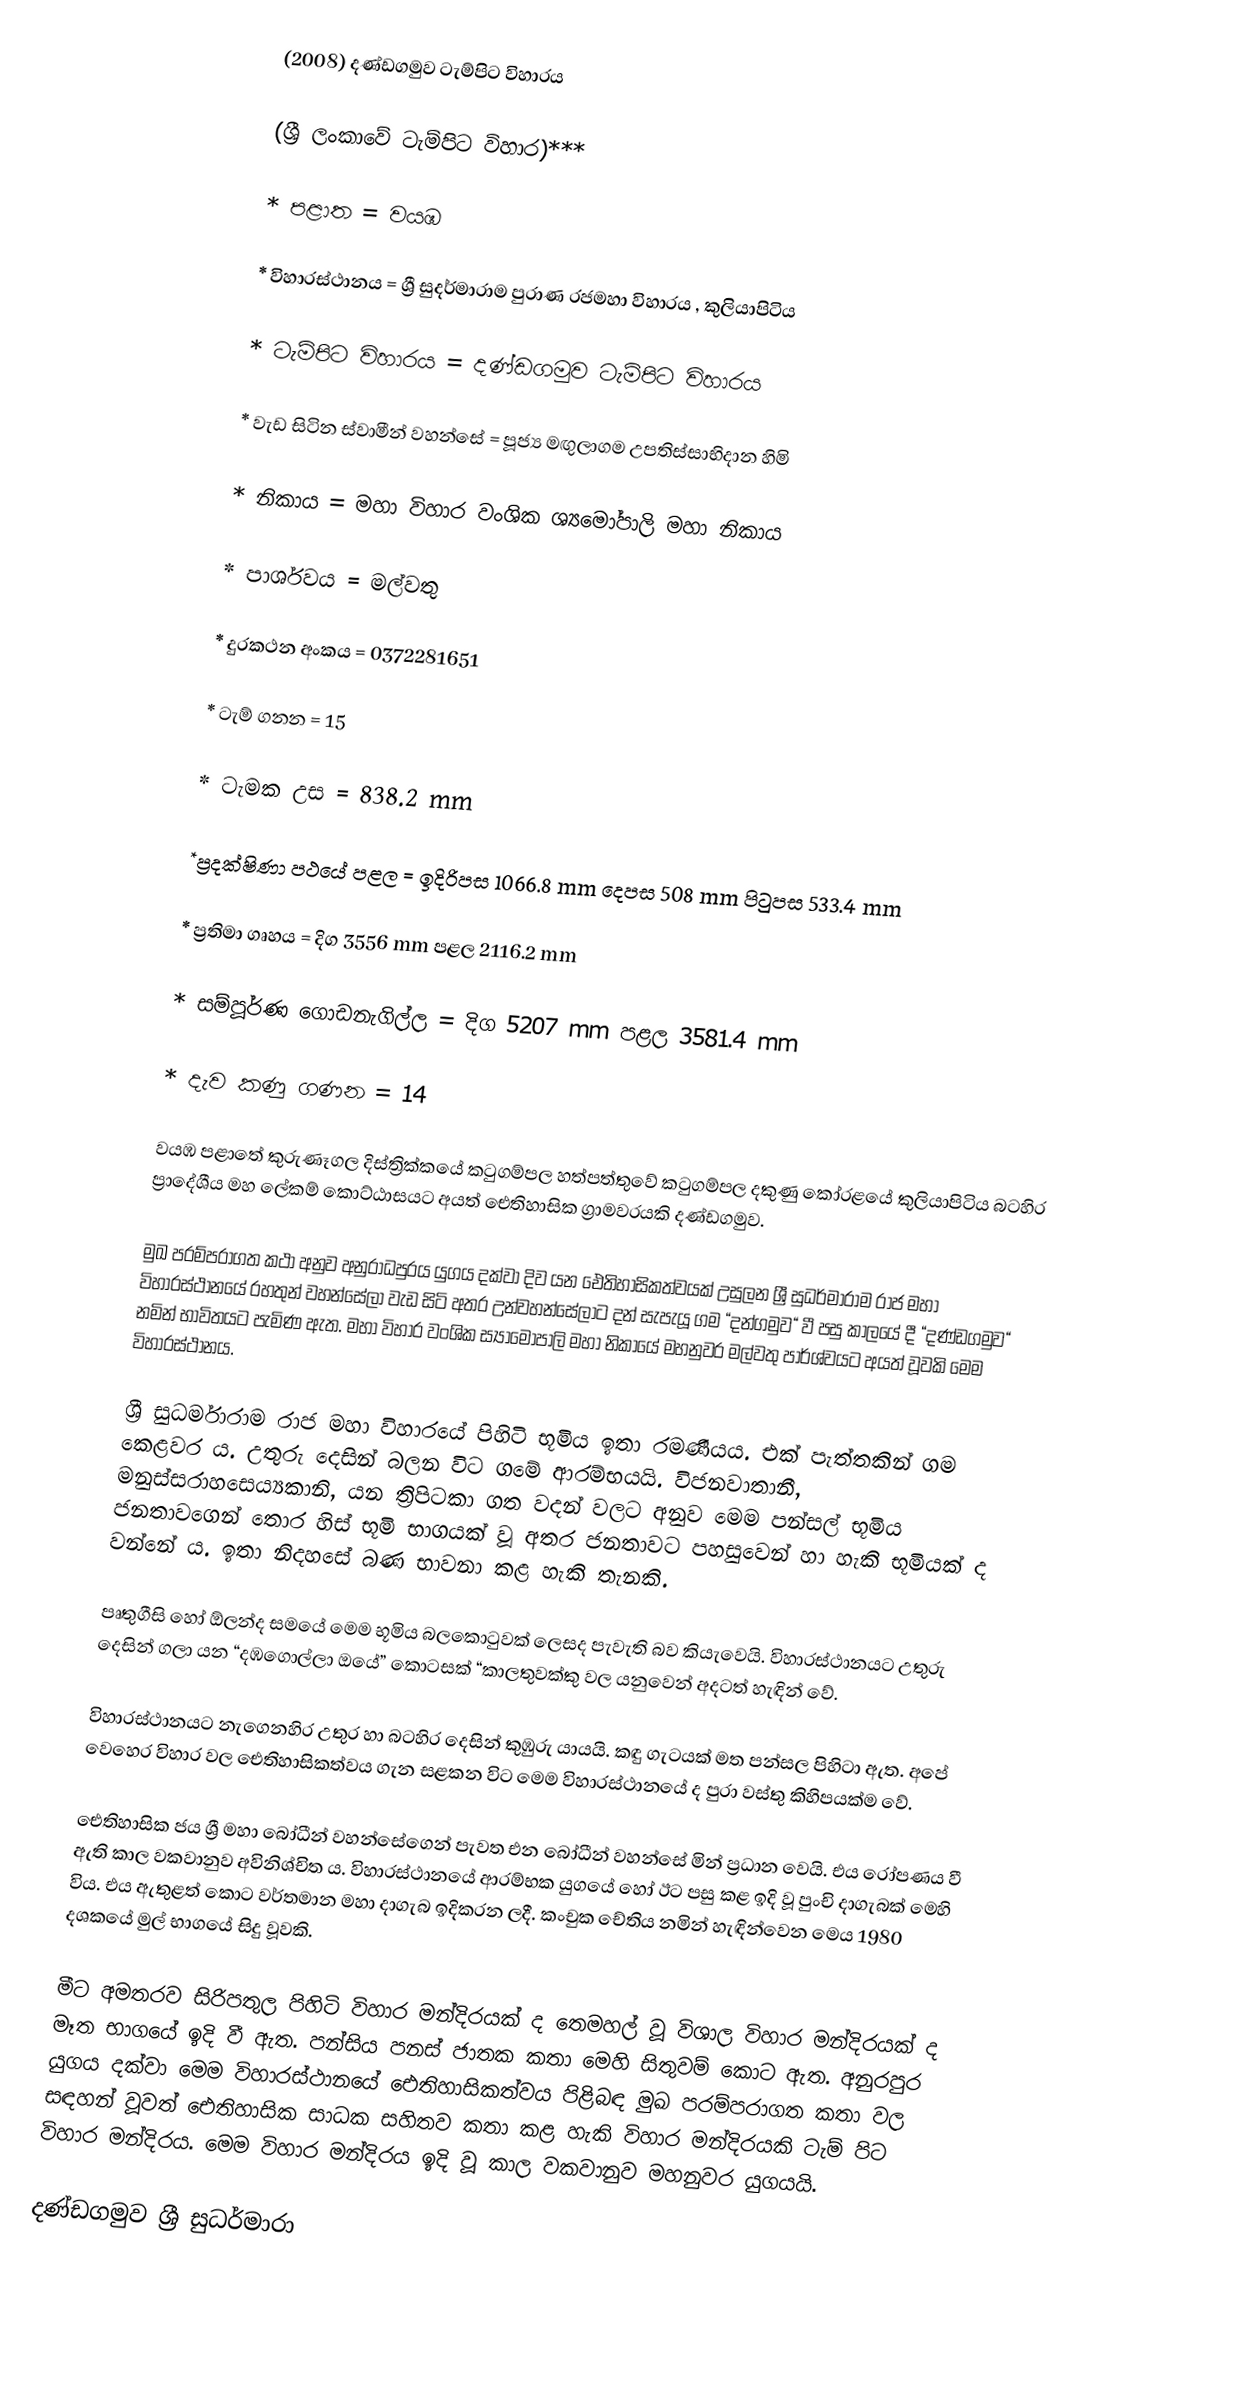
(2008) දණ්ඩගමුව ටැම්පිට විහාරය

(ශ්‍රී ලංකාවේ ටැම්පිට විහාර)***

* පළාත = වයඹ

* විහාරස්ථානය = ශ්‍රී සුදර්මාරාම පුරාණ රජමහා විහාරය , කුලියාපිටිය

* ටැම්පිට විහාරය = දණ්ඩගමුව ටැම්පිට විහාරය

* වැඩ සිටින ස්වාමීන් වහන්සේ = පූජ්‍ය මඟුලාගම උපතිස්සාභිදාන හිමි

* නිකාය = මහා විහාර වංශික ශ්‍යමෝපාලි මහා නිකාය

* පාර්ශවය = මල්වතු

* දුරකථන අංකය = 0372281651

* ටැම් ගනන = 15

* ටැමක උස = 838.2 mm

*ප්‍රදක්ෂිණා පථයේ පළල = ඉදිරිපස 1066.8 mm දෙපස 508 mm පිටුපස 533.4 mm

* ප්‍රතිමා ගෘහය = දිග 3556 mm පළල 2116.2 mm

* සම්පූර්ණ ගොඩනැගිල්ල = දිග 5207 mm පළල 3581.4 mm

* දැව කණු ගණන = 14

වයඹ පළාතේ කුරුණෑගල දිස්ත්‍රික්කයේ කටුගම්පල හත්පත්තුවේ කටුගම්පල දකුණු කෝරළයේ කුලියාපිටිය බටහිර ප්‍රාදේශීය මහ ලේකම් කොට්ඨාසයට අයත් ඓතිහාසික ග්‍රාමවරයකි දණ්ඩගමුව.

මුඛ පරම්පරාගත කථා අනුව අනුරාධපුරය යුගය දක්වා දිව යන ඓතිහාසිකත්වයක් උසුලන ශ්‍රී සුධර්මාරාම රාජ මහා විහාරස්ථානයේ රහතුන් වහන්සේලා වැඩ සිටි අතර උන්වහන්සේලාට දන් සැපැයූ ගම “දන්ගමුව“ වී පසු කාලයේ දී “දණ්ඩගමුව“ නමින් භාවිතයට පැමිණ ඇත. මහා විහාර වංශික ස්‍යාමෝපාලි මහා නිකායේ මහනුවර මල්වතු පාර්ශ්වයට අයත් වූවකි මෙම විහාරස්ථානය.

ශ්‍රී සුධර්මාරාම රාජ මහා විහාරයේ පිහිටි භූමිය ඉතා රමණීයය. එක් පැත්තකින් ගම කෙළවර ය. උතුරු දෙසින් බලන විට ගමේ ආරම්භයයි. විජනවාතානී, මනුස්සරාහසෙය්‍යකානි, යන ත්‍රිපිටකා ගත වදන් වලට අනුව මෙම පන්සල් භූමිය ජනතාවගෙන් තොර හිස් භූමි භාගයක් වූ අතර ජනතාවට පහසුවෙන් හා හැකි භූමියක් ද වන්නේ ය. ඉතා නිදහසේ බණ භාවනා කළ හැකි තැනකි.

පෘතුගීසි හෝ ඕලන්ද සමයේ මෙම භූමිය බලකොටුවක් ලෙසද පැවැති බව කියැවෙයි. විහාරස්ථානයට උතුරු දෙසින් ගලා යන “දඹගොල්ලා ඔයේ” කොටසක් “කාලතුවක්කු වල යනුවෙන් අදටත් හැඳින් වේ.

විහාරස්ථානයට නැගෙනහිර උතුර හා බටහිර දෙසින් කුඹුරු යායයි. කඳු ගැටයක් මත පන්සල පිහිටා ඇත. අපේ වෙහෙර විහාර වල ඓතිහාසිකත්වය ගැන සළකන විට මෙම විහාරස්ථානයේ ද පුරා වස්තු කිහිපයක්ම වේ.

ඓතිහාසික ජය ශ්‍රී මහා බෝධීන් වහන්සේගෙන් පැවත එන බෝධීන් වහන්සේ මින් ප්‍රධාන වෙයි. එය රෝපණය වී ඇති කාල වකවානුව අවිනිශ්චිත ය. විහාරස්ථානයේ ආරම්භක යුගයේ හෝ ඊට පසු කළ ඉදි වූ පුංචි දාගැබක් මෙහි විය. එය ඇතුළත් කොට වර්තමාන මහා දාගැබ ඉදිකරන ලදී. කංචුක චේතිය නමින් හැඳින්වෙන මෙය 1980 දශකයේ මුල් භාගයේ සිදු වූවකි.

මීට අමතරව සිරිපතුල පිහිටි විහාර මන්දිරයක් ද තෙමහල් වූ විශාල විහාර මන්දිරයක් ද මෑත භාගයේ ඉදි වී ඇත. පන්සිය පනස් ජාතක කතා මෙහි සිතුවම් කොට ඇත. අනුරපුර යුගය දක්වා මෙම විහාරස්ථානයේ ඓතිහාසිකත්වය පිළිබඳ මුඛ පරම්පරාගත කතා වල සඳහන් වූවත් ඓතිහාසික සාධක සහිතව කතා කළ හැකි විහාර මන්දිරයකි ටැම් පිට විහාර මන්දිරය. මෙම විහාර මන්දිරය ඉදි වූ කාල වකවානුව මහනුවර යුගයයි.

දණ්ඩගමුව ශ්‍රී සුධර්මාරා